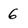
Character: 6